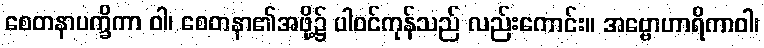
စေတနာပက္ခိကာ ဝါ၊ စေတနာ၏အဖို့၌ ပါဝင်ကုန်သည် လည်းကောင်း။ အဗ္ဗောဟာရိကာဝါ၊